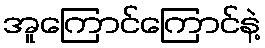
အူကြောင်ကြောင်နဲ့